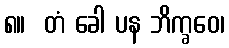
၈။  တံ ခေါ ပန ဘိက္ခဝေ၊